Civil Veterinary Department Bihar reports 1940-50 - 1940-1950
Year: 1940
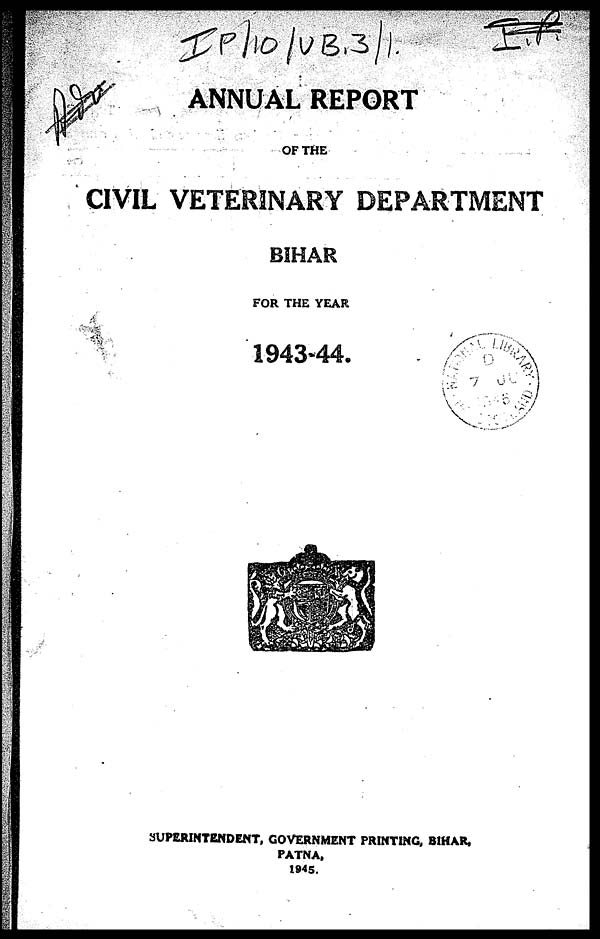
ANNUAL REPORT
OF THE
CIVIL VETERINARY DEPARTMENT
BIHAR
FOR THE YEAR
1943-44.
SUPERINTENDENT, GOVERNMENT PRINTING, BIHAR,
PATNA,
1945.